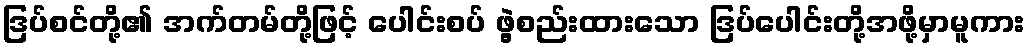
ဒြပ်စင်တို့၏ အက်တမ်တို့ဖြင့် ပေါင်းစပ် ဖွဲ့စည်းထားသော ဒြပ်ပေါင်းတို့အဖို့မှာမူကား